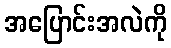
အပြောင်းအလဲကို